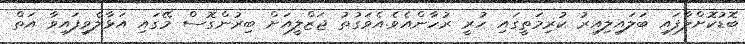
ބޮޑުކޮށްލާފައި ބަލައިލިއިރު ކުރިމަތީގައި ހުރީ ރުހާންއެވެ.އެވަގުތު ޖަޒްލީއަށް ބިރުންގޮސް މޭގައި އަޅާލެވިފައިވާ އަތް